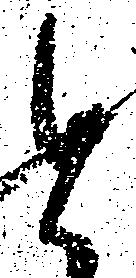
と